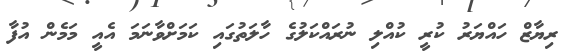
ރިޔާޒް ހައްޔަރު ކުރީ ކުއްލި ނުރައްކަލުގެ ހާލަތުގައި ކަމަށްވާނަމަ އެއީ މަމެން އުފާ